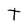
Character: t